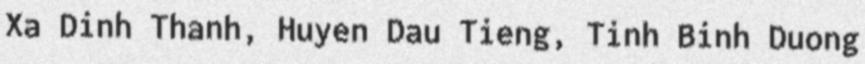
Xa Dinh Thanh, Huyen Dau Tieng, Tinh Binh Duong